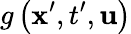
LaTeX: g\left(\textbf{x}^{\prime},t^{\prime},\textbf{u}\right)